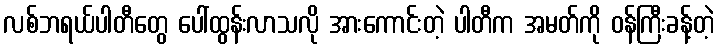
လစ်ဘရယ်ပါတီတွေ ပေါ်ထွန်းလာသလို အားကောင်းတဲ့ ပါတီက အမတ်ကို ဝန်ကြီးခန့်တဲ့